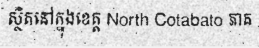
ស្ថិតនៅក្នុងខេត្ត North Cotabato ភាគ